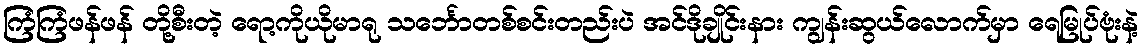
ကြံကြံဖန်ဖန် တို့စီးတဲ့ ရော့ကိုယိုမာရု သင်္ဘောတစ်စင်းတည်းပဲ အင်ဒိုချိုင်းနား ကျွန်းဆွယ်လောက်မှာ ရေမြုပ်ဗုံးနဲ့